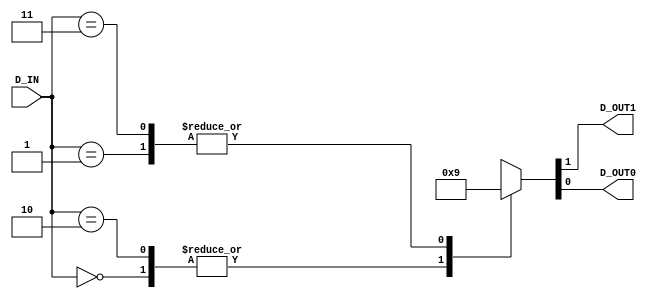
module countersel(D_IN,D_OUT1,D_OUT0);

output D_OUT1;
output D_OUT0;

input  [1:0] D_IN;

reg D_OUT1;
reg D_OUT0;

always
begin
	case(D_IN)
		2'b00 : {D_OUT1,D_OUT0} <= 2'b10;
		2'b01 : {D_OUT1,D_OUT0} <= 2'b01;
		2'b10 : {D_OUT1,D_OUT0} <= 2'b10;
		2'b11 : {D_OUT1,D_OUT0} <= 2'b01;
		default : {D_OUT1,D_OUT0} <= 2'b00;
	endcase
end
endmodule